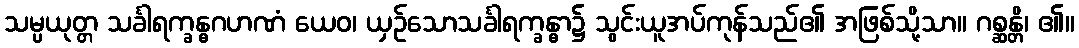
သမ္ပယုတ္တ သင်္ခါရက္ခန္ဓဂဟဏံ ယေဝ၊ ယှဉ်သောသင်္ခါရက္ခန္ဓာ၌ သွင်းယူအပ်ကုန်သည်၏ အဖြစ်သို့သာ။ ဂစ္ဆန္တိ၊ ၏။